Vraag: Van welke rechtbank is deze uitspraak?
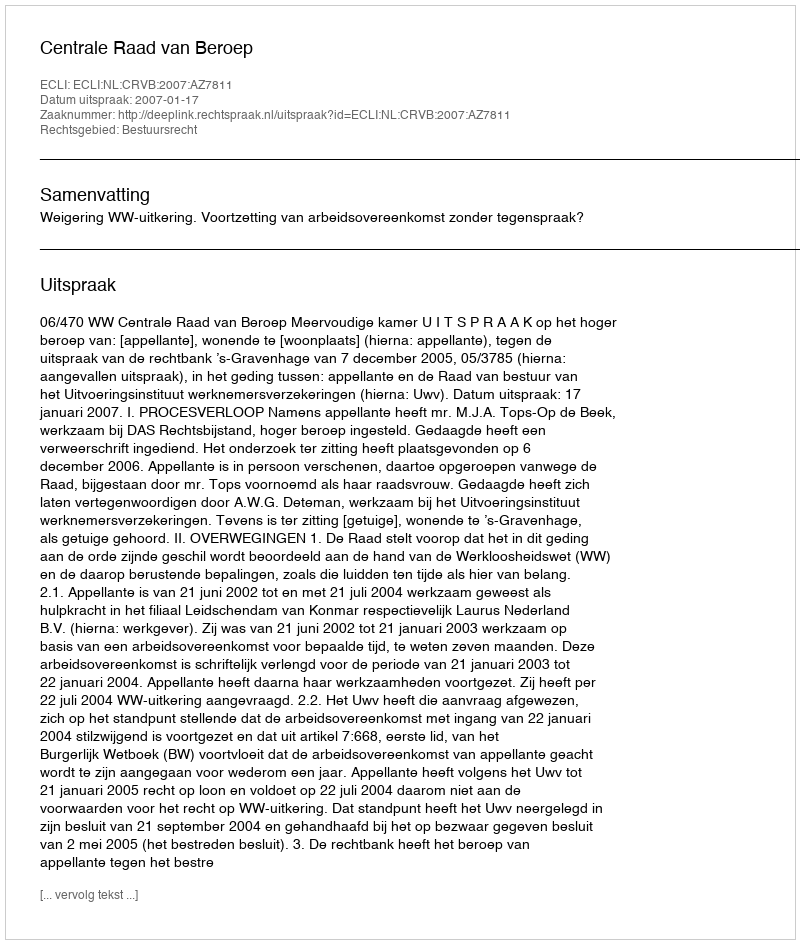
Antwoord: Centrale Raad van Beroep